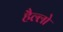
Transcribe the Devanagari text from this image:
हैल्लो